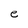
Character: e